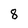
Character: 8